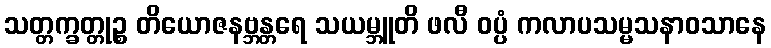
သတ္တက္ခတ္တုဉ္စ တိယောဇနဗ္ဘန္တရေ သယမ္ဘူတိ ဖလီ ဝပ္ပံ ကလာပသမ္မသနာဝသာနေ